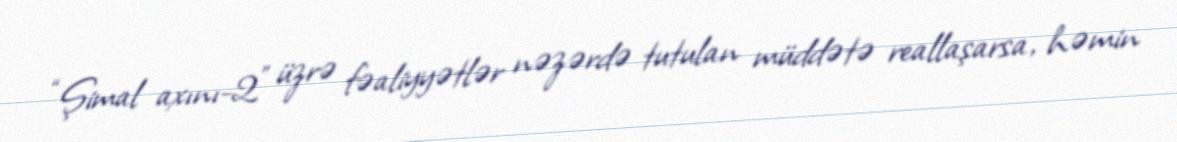
“Şimal axını-2" üzrə fəaliyyətlər nəzərdə tutulan müddətə reallaşarsa, həmin